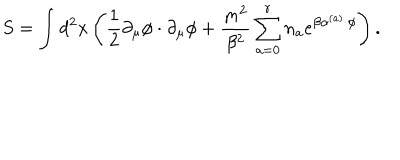
S = \int d ^ { 2 } x \left( \frac { 1 } { 2 } \partial _ { \mu } \phi \cdot \partial _ { \mu } \phi + \frac { m ^ { 2 } } { \beta ^ { 2 } } \sum _ { a = 0 } ^ { r } n _ { a } e ^ { \beta \alpha ^ { ( a ) } \cdot \phi } \right) .